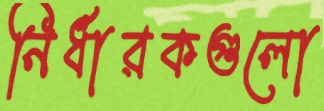
নির্ধারকগুলো